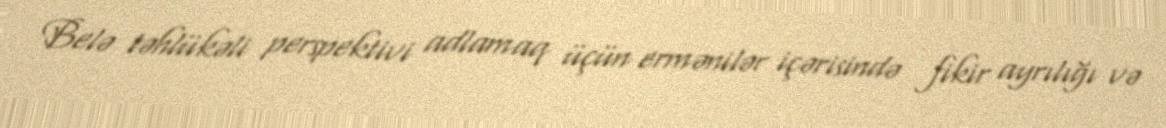
Belə təhlükəli perspektivi adlamaq üçün ermənilər içərisində fikir ayrılığı və